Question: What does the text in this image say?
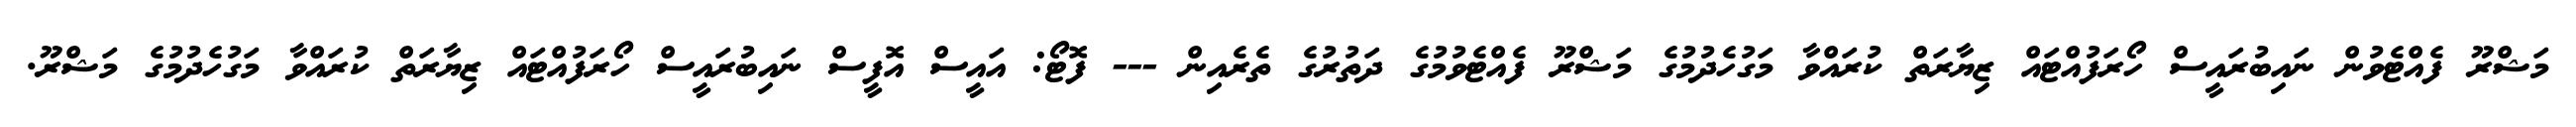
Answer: މަޝްރޫ ފެއްޓެވުން ނައިބުރައީސް ހޯރަފުއްޓައް ޒިޔާރަތް ކުރައްވާ މަގުހެދުމުގެ މަޝްރޫ ފެއްޓެވުމުގެ ދަތުރުގެ ތެރެއިން --- ފޮޓޯ: އައީސް އޮފީސް ނައިބުރައީސް ހޯރަފުއްޓައް ޒިޔާރަތް ކުރައްވާ މަގުހެދުމުގެ މަޝްރޫ.